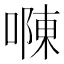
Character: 𠼂